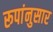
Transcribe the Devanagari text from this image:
रूपांनुसार